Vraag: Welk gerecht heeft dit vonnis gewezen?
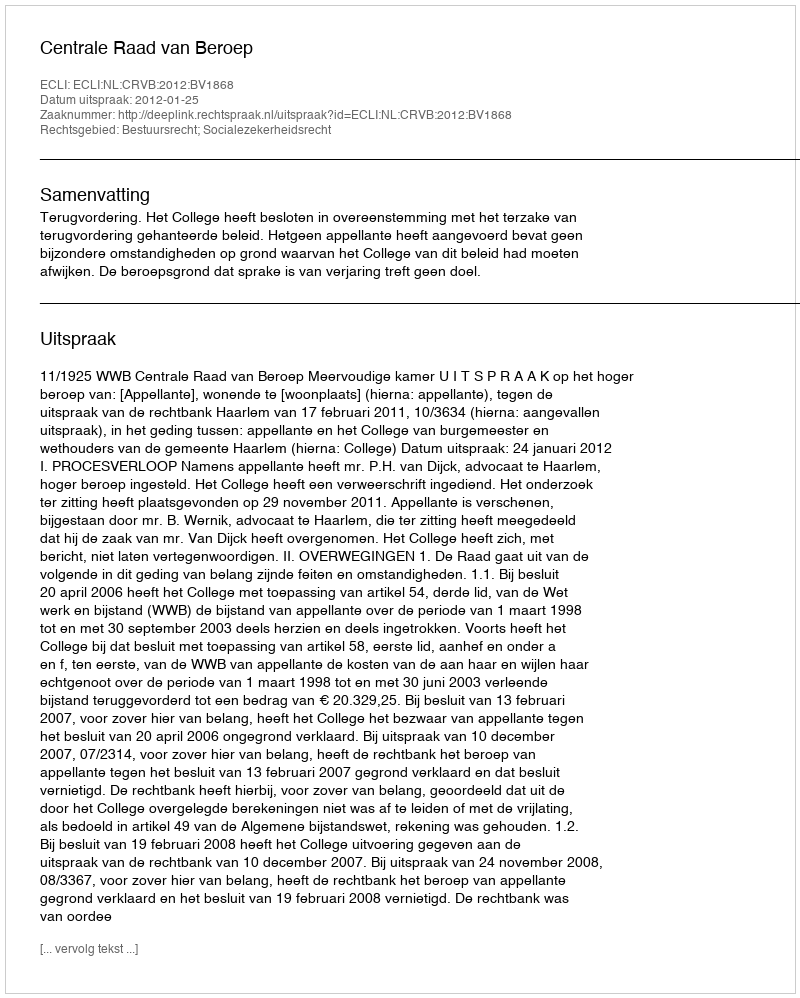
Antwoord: Centrale Raad van Beroep